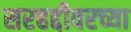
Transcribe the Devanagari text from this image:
सरहद्दीवरच्या